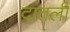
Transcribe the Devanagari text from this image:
दांतली